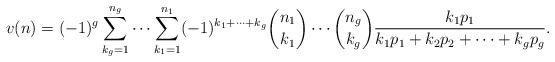
LaTeX: \begin{align*}v(n) = (-1)^g \sum_{k_g = 1}^{n_g} \cdots \sum_{k_1 = 1}^{n_1} (-1)^{k_1 + \cdots + k_g}\binom{n_1}{k_1} \cdots \binom{n_g}{k_g}\frac{k_1 p_1} {k_1 p_1 + k_2 p_2 + \cdots + k_g p_g}.\end{align*}